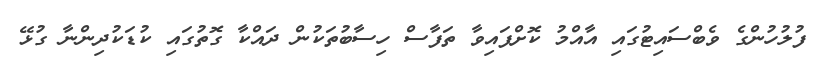
ފުލުހުންގެ ވެބްސައިޓުގައި އާއްމު ކޮށްފައިވާ ތަފާސް ހިސާބުތަކުން ދައްކާ ގޮތުގައި ކުޑަކުދިންނާ ގުޅޭ